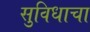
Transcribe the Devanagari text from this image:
सुविधाचा